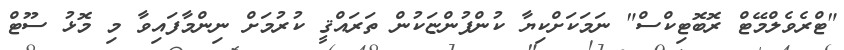
"ޓްރެވެލްމޭޓް ރޮބޮޓިކްސް" ނަމަކަށްކިޔާ ކުންފުންޏަކުން ތަރައްޤީ ކުރުމަށް ނިންމާފައިވާ މި މޮޅު ސޫޓް